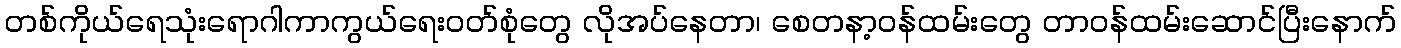
တစ်ကိုယ်ရေသုံးရောဂါကာကွယ်ရေးဝတ်စုံတွေ လိုအပ်နေတာ၊ စေတနာ့ဝန်ထမ်းတွေ တာဝန်ထမ်းဆောင်ပြီးနောက်